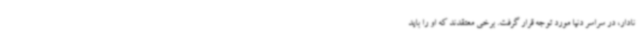
نادار، در سراسر دنیا مورد توجه قرار گرفت. برخی معتقدند که او را باید